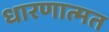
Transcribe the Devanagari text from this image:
धारणात्मत